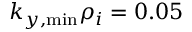
k _ { y , \mathrm { m i n } } \rho _ { i } = 0 . 0 5